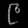
Digit: ၉